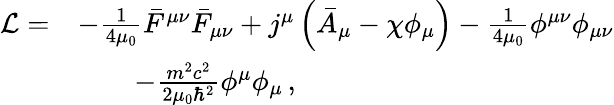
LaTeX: \begin{array}{rl}{\mathcal L=}&{-\frac{1}{4\mu_{0}}\bar{F}^{\mu\nu}\bar{F}_{\mu\nu}+j^{\mu}\left(\bar{A}_{\mu}-\chi\phi_{\mu}\right)-\frac{1}{4\mu_{0}}\phi^{\mu\nu}\phi_{\mu\nu}}\\ &{\qquad-\frac{m^{2}c^{2}}{2\mu_{0}\hbar^{2}}\phi^{\mu}\phi_{\mu}\, ,}\end{array}